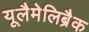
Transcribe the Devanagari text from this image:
यूलैमेलिब्रैक